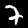
Digit: 7